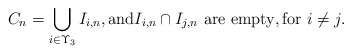
\begin{align*}C_{n}=\bigcup_{i\in \Upsilon _{3}}I_{i,n},\mbox{and}I_{i,n}\cap I_{j,n}\hbox{ are empty},\mbox{for }i\neq j.\end{align*}